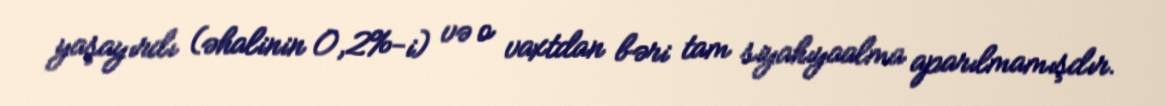
yaşayırdı (əhalinin 0,2%-i) və o vaxtdan bəri tam siyahıyaalma aparılmamışdır.